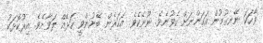
ވާހަކަ ނޭނގުމުން އަހަންނަށް ހެވުނެވެ. ނޫނެކެވެ. އަހަރެން ބޭނުންވީ ހަޅޭއް ލަވާށެވެ. އިރުކޮޅަކު